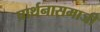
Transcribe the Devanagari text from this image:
प्रार्थनासमाजी